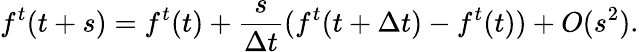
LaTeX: f^{t}(t+s)=f^{t}(t)+\frac{s}{\Delta t}(f^{t}(t+\Delta t)-f^{t}(t))+O(s^{2}).